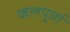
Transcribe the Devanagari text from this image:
कलपुर्जा